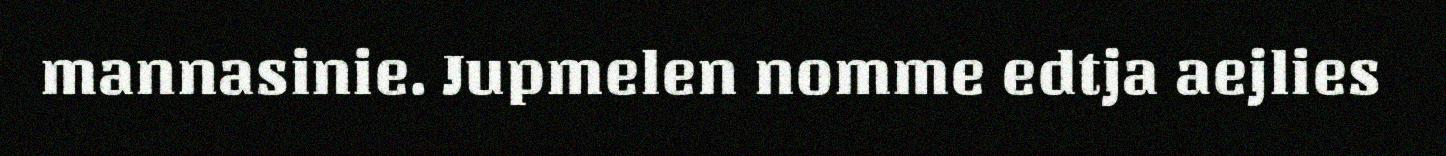
mannasinie. Jupmelen nomme edtja aejlies